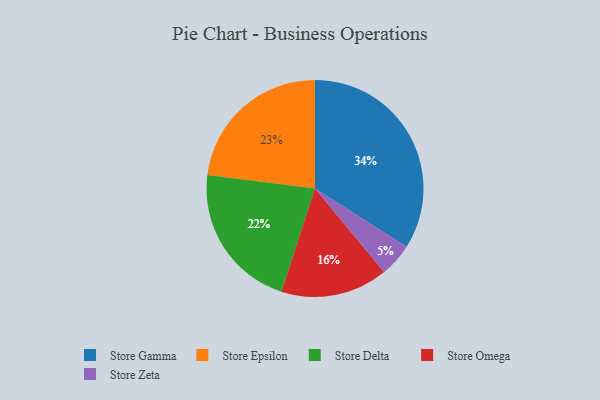
{"axis": {"x": "Category", "y": "Percentage"}, "legend": ["Store Delta", "Store Epsilon", "Store Gamma", "Store Omega", "Store Zeta"], "data": [{"x": "Store Gamma", "y": 34, "type": "Store Gamma"}, {"x": "Store Epsilon", "y": 23, "type": "Store Epsilon"}, {"x": "Store Zeta", "y": 5, "type": "Store Zeta"}, {"x": "Store Delta", "y": 22, "type": "Store Delta"}, {"x": "Store Omega", "y": 16, "type": "Store Omega"}]}